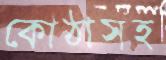
কোঠাসহ